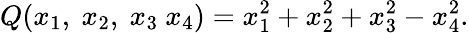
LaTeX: Q(x_{1},\ x_{2},\ x_{3}\ x_{4})=x_{1}^{2}+x_{2}^{2}+x_{3}^{2}-x_{4}^{2}.